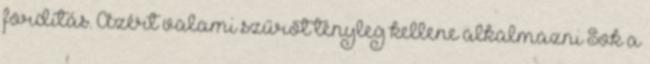
fordítás. Azért valami szűrőt tényleg kellene alkalmazni Sok a